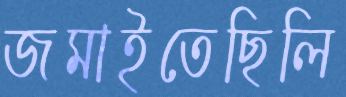
জমাইতেছিলি